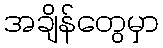
အချိန်တွေမှာ